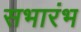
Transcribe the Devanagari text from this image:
सभारंभ